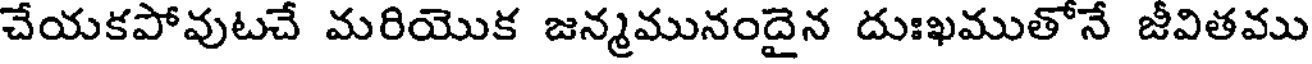
చేయకపోవుటచే మరియొక జన్మమునందైన దుఃఖముతోనే జీవితము